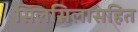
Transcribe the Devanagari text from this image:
सिलसिलासहित